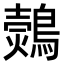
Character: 𪄗